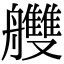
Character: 艭